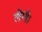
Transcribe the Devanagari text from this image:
लेग्गे।